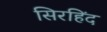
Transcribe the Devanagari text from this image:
सिरहिंद